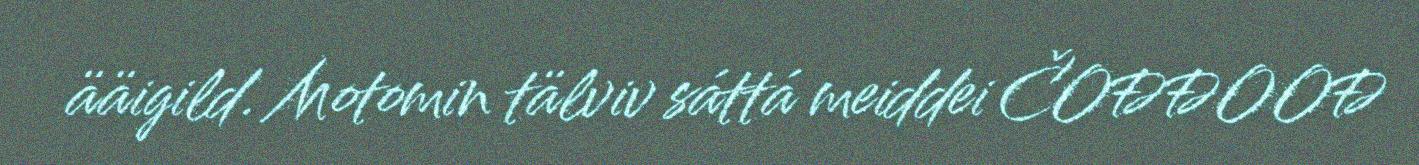
ääigild. Motomin tälviv sáttá meiddei ČOĐĐOOĐ